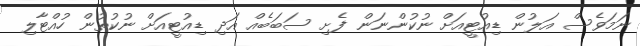
ނަމަވެސް އަލުން ޑިއުޓީއަށް ނުކުންނަން ފެށި ސަބަބެއް އަދި ޑިއުޓީއަށް ނުކުތުން ހުއްޓާލި